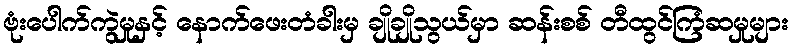
ဗုံးပေါက်ကွဲမှုနှင့် နောက်ဖေးတံခါးမှ ချိုချိုသွယ်မှာ ဆန်းစစ် တီထွင်ကြံဆမှုများ